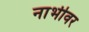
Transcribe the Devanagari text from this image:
नाभीवर